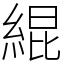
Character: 緄